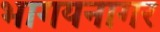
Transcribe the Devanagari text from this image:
भागयनागर